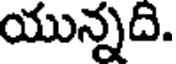
యున్నది.